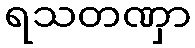
ရသတဏှာ